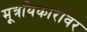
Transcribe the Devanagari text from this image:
मूत्रविकारावर